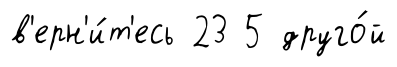
в'ерн'и́т'есь 23 5 друго́й